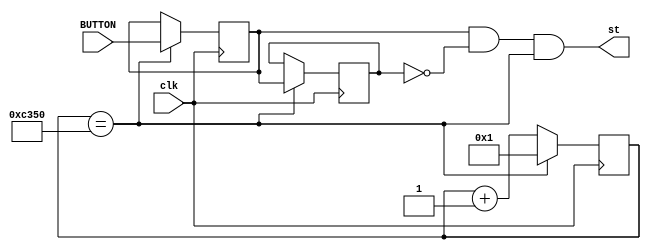
module BUTTON_BL( input BUTTON, output wire st,
								  input clk);

	reg [15:0]cb_ce=0 ;
	wire ce= (cb_ce==50000);
	reg q1=0, q2=0 ;
	
	assign st= q1 & !q2 & ce ;
	always @ (posedge clk) begin
		q1 <= ce? BUTTON : q1 ; q2 <= ce? q1 : q2 ;
		cb_ce <= ce? 1 : cb_ce+1 ;
	end
endmodule